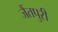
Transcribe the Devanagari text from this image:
जैंतपुरी